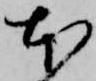
本